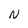
Character: N